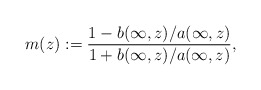
\begin{align*} m(z) := \frac{1 - b(\infty, z)/a(\infty, z)}{1+b(\infty,z)/a(\infty, z)},\end{align*}